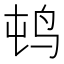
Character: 𲍭